65_HS1-834228961_62-HQ-83894_Section_7
Agency: FBI
Page 190
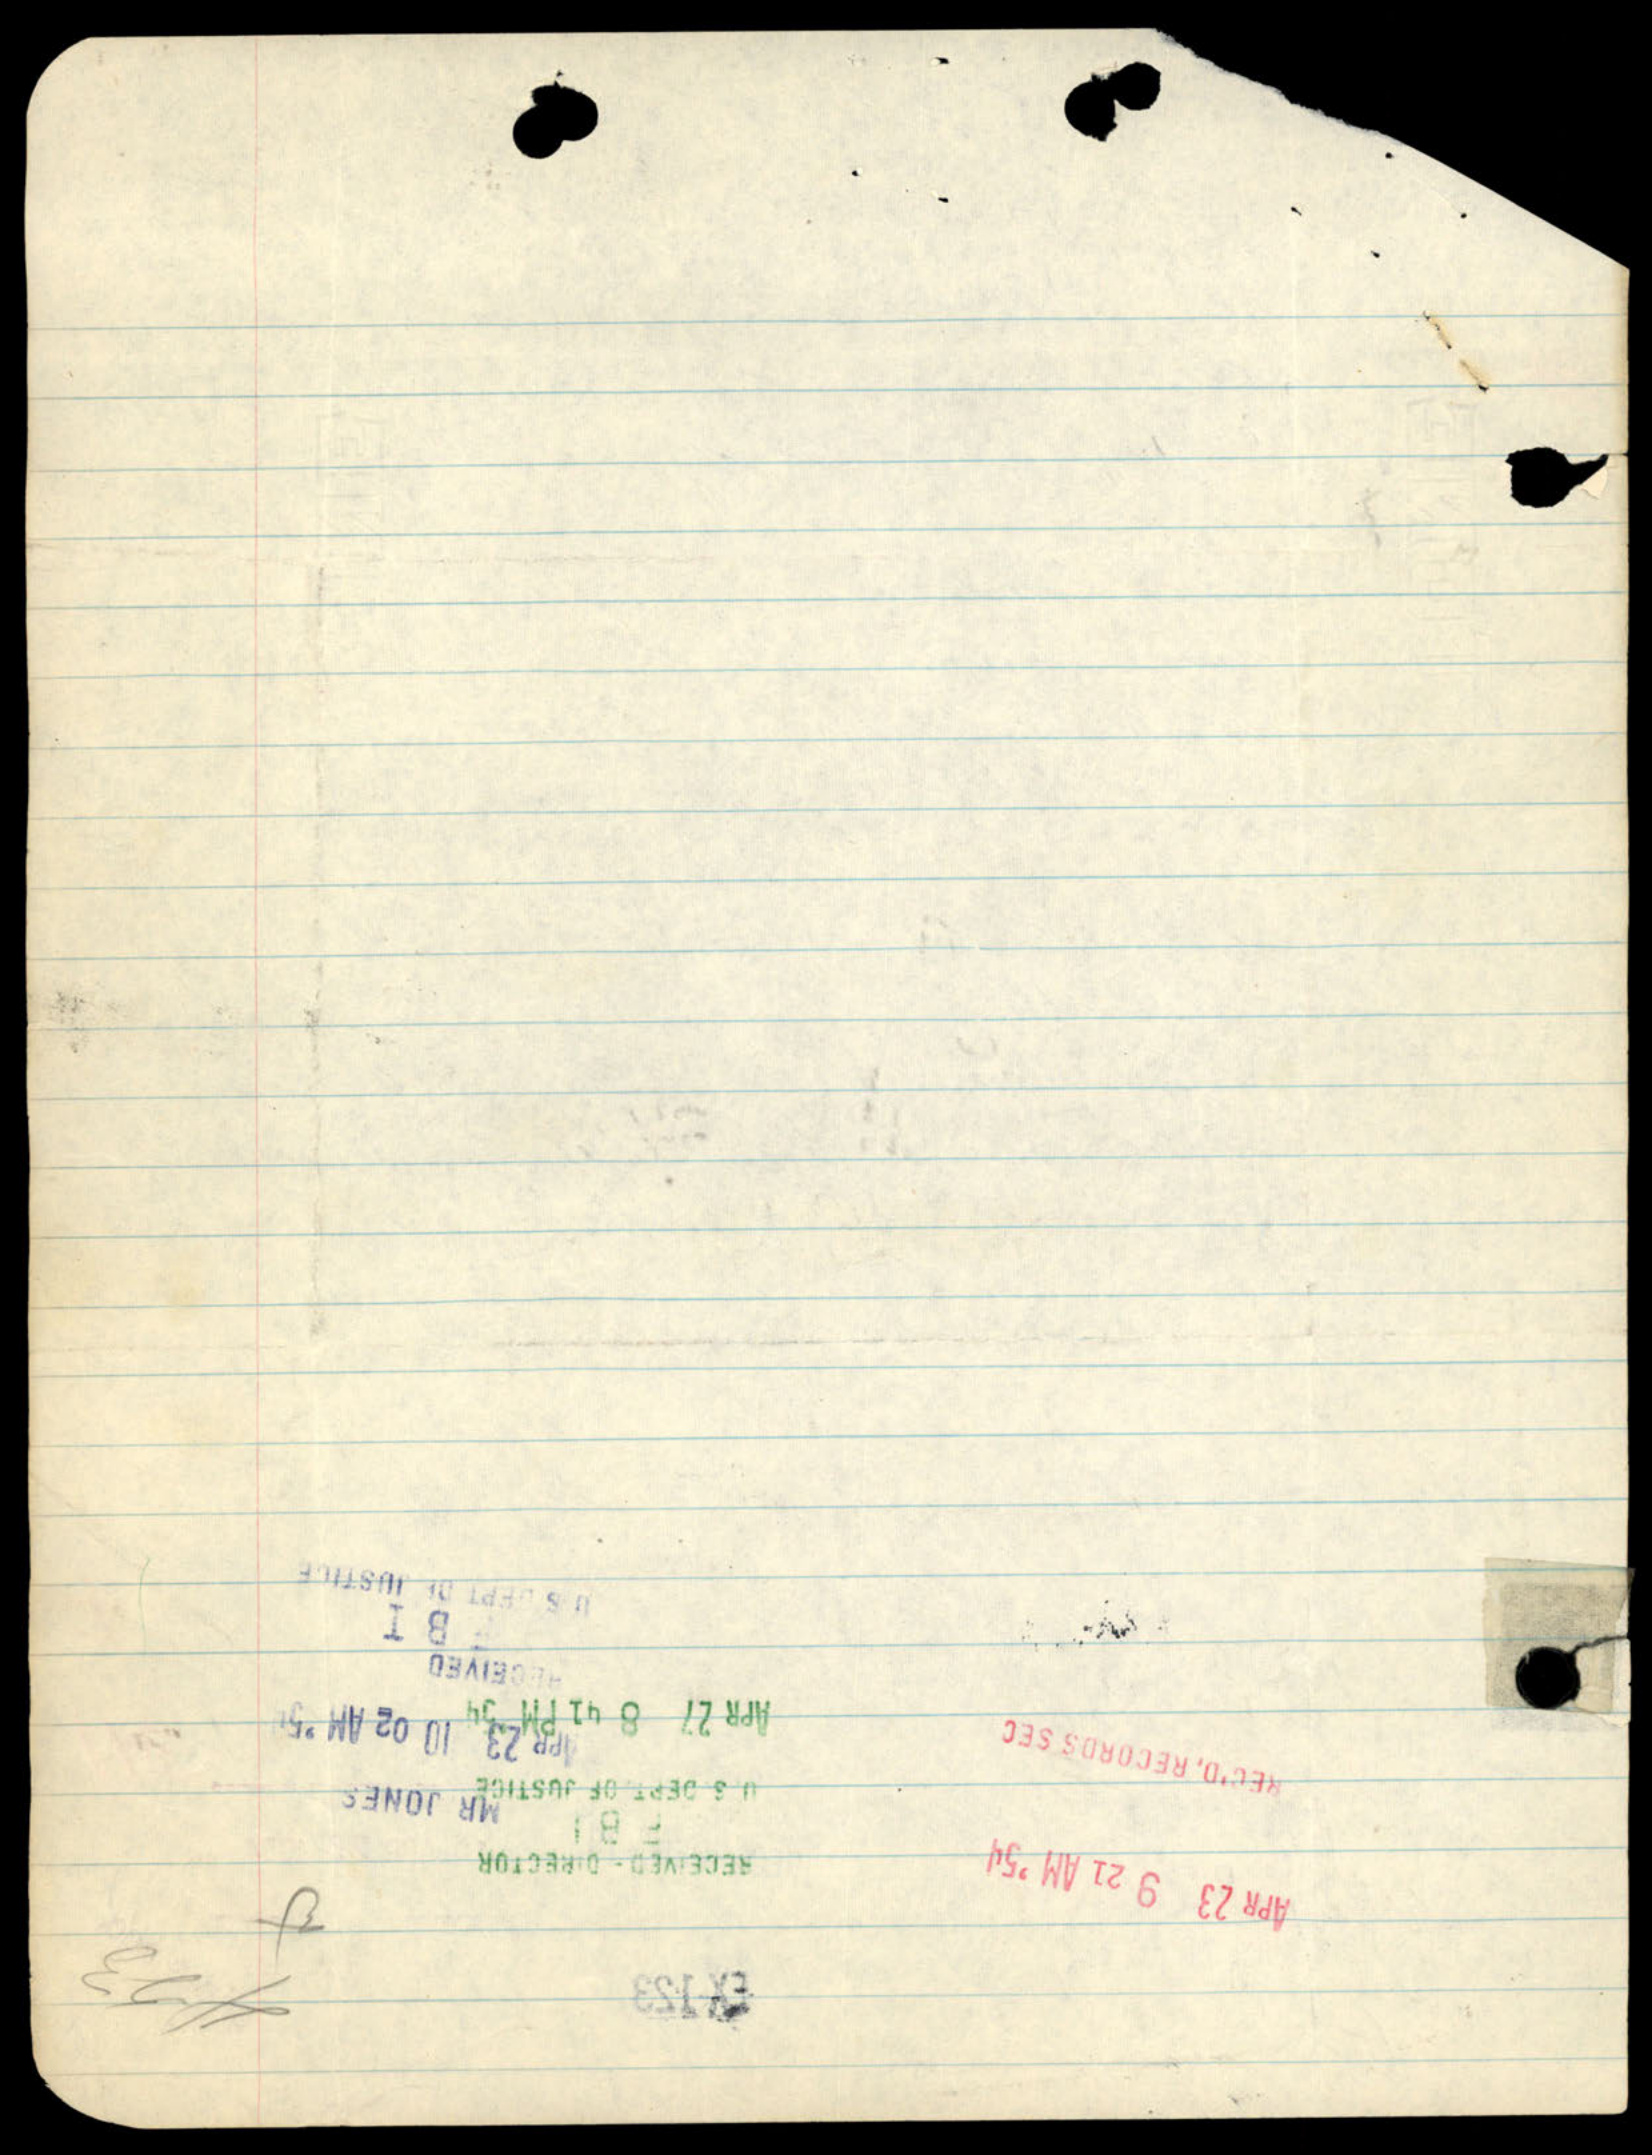